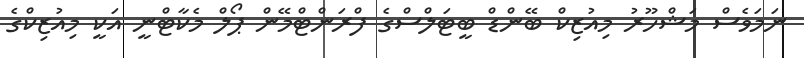
ނަމަވެސް މަޝްހޫރު މިއުޒިކް ބޭންޑް ބީޓަލްްސްގެ ފްރަންޓްމޭން ޕޯލް މެކާޓްނީ އަކީ މިއުޒިކްގެ